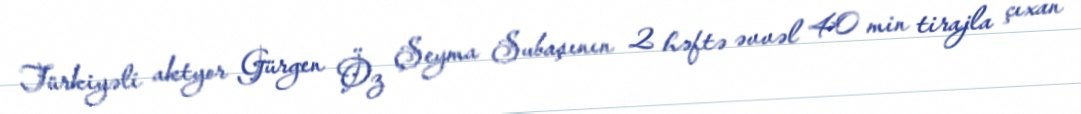
Türkiyəli aktyor Gürgen Öz Şeyma Subaşının 2 həftə əvvəl 40 min tirajla çıxan